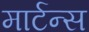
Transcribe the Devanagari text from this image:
मार्टन्स